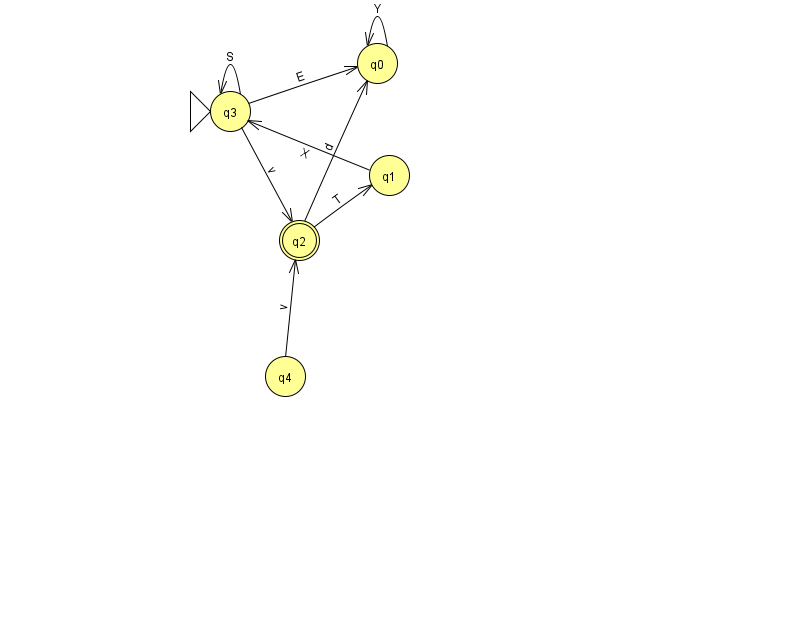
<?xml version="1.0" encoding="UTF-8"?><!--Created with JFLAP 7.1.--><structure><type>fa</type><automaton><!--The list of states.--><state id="0" name="q0"><x>377.0</x><y>50.0</y></state><state id="1" name="q1"><x>389.0</x><y>162.0</y></state><state id="2" name="q2"><x>299.0</x><y>227.0</y><final/></state><state id="3" name="q3"><x>230.0</x><y>98.0</y><initial/></state><state id="4" name="q4"><x>285.0</x><y>363.0</y></state><!--The list of transitions.--><transition><from>3</from><to>0</to><read>E</read></transition><transition><from>3</from><to>2</to><read>v</read></transition><transition><from>2</from><to>1</to><read>T</read></transition><transition><from>3</from><to>3</to><read>S</read></transition><transition><from>2</from><to>0</to><read>d</read></transition><transition><from>0</from><to>0</to><read>Y</read></transition><transition><from>1</from><to>3</to><read>X</read></transition><transition><from>4</from><to>2</to><read>v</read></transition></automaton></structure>